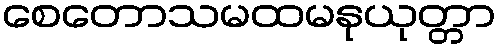
စေတောသမထမနုယုတ္တာ